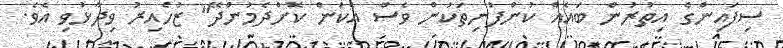
ސިފައިންގެ އިތުރުން ބައެއް ކުންފުނިތަކުން ވެސް އެކަން ކޮށްދެމުންދޭ" ޒުހެއިރު ވިދާޅުވި އެވެ.